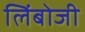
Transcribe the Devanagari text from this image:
लिंबोजी